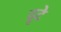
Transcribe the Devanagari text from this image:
दूटे